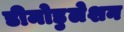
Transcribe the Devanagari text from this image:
डीमोडुलेशन